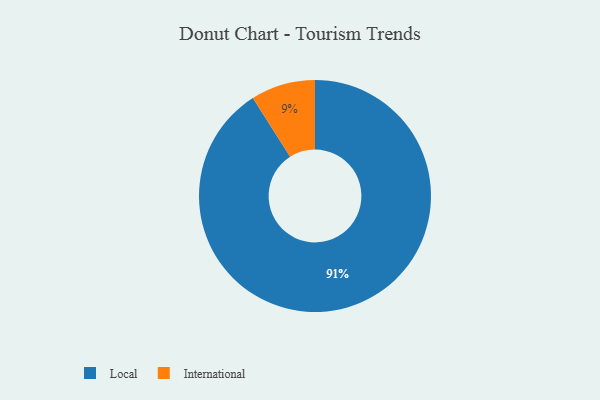
{"axis": {"x": "Category", "y": "Percentage"}, "legend": ["International", "Local"], "data": [{"x": "International", "y": 9, "type": "International"}, {"x": "Local", "y": 91, "type": "Local"}]}